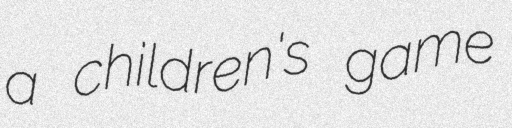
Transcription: a children's game